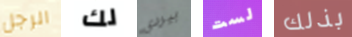
الرجل لك بيردي لست بذلك